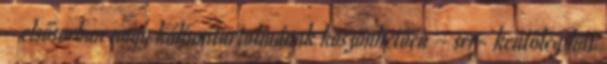
− elsősorban nagy káliumtartalmának köszönhetően − ser- kentőleg hat